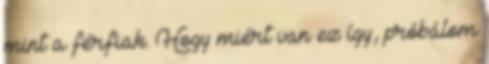
mint a férfiak. Hogy miért van ez így, próbálom